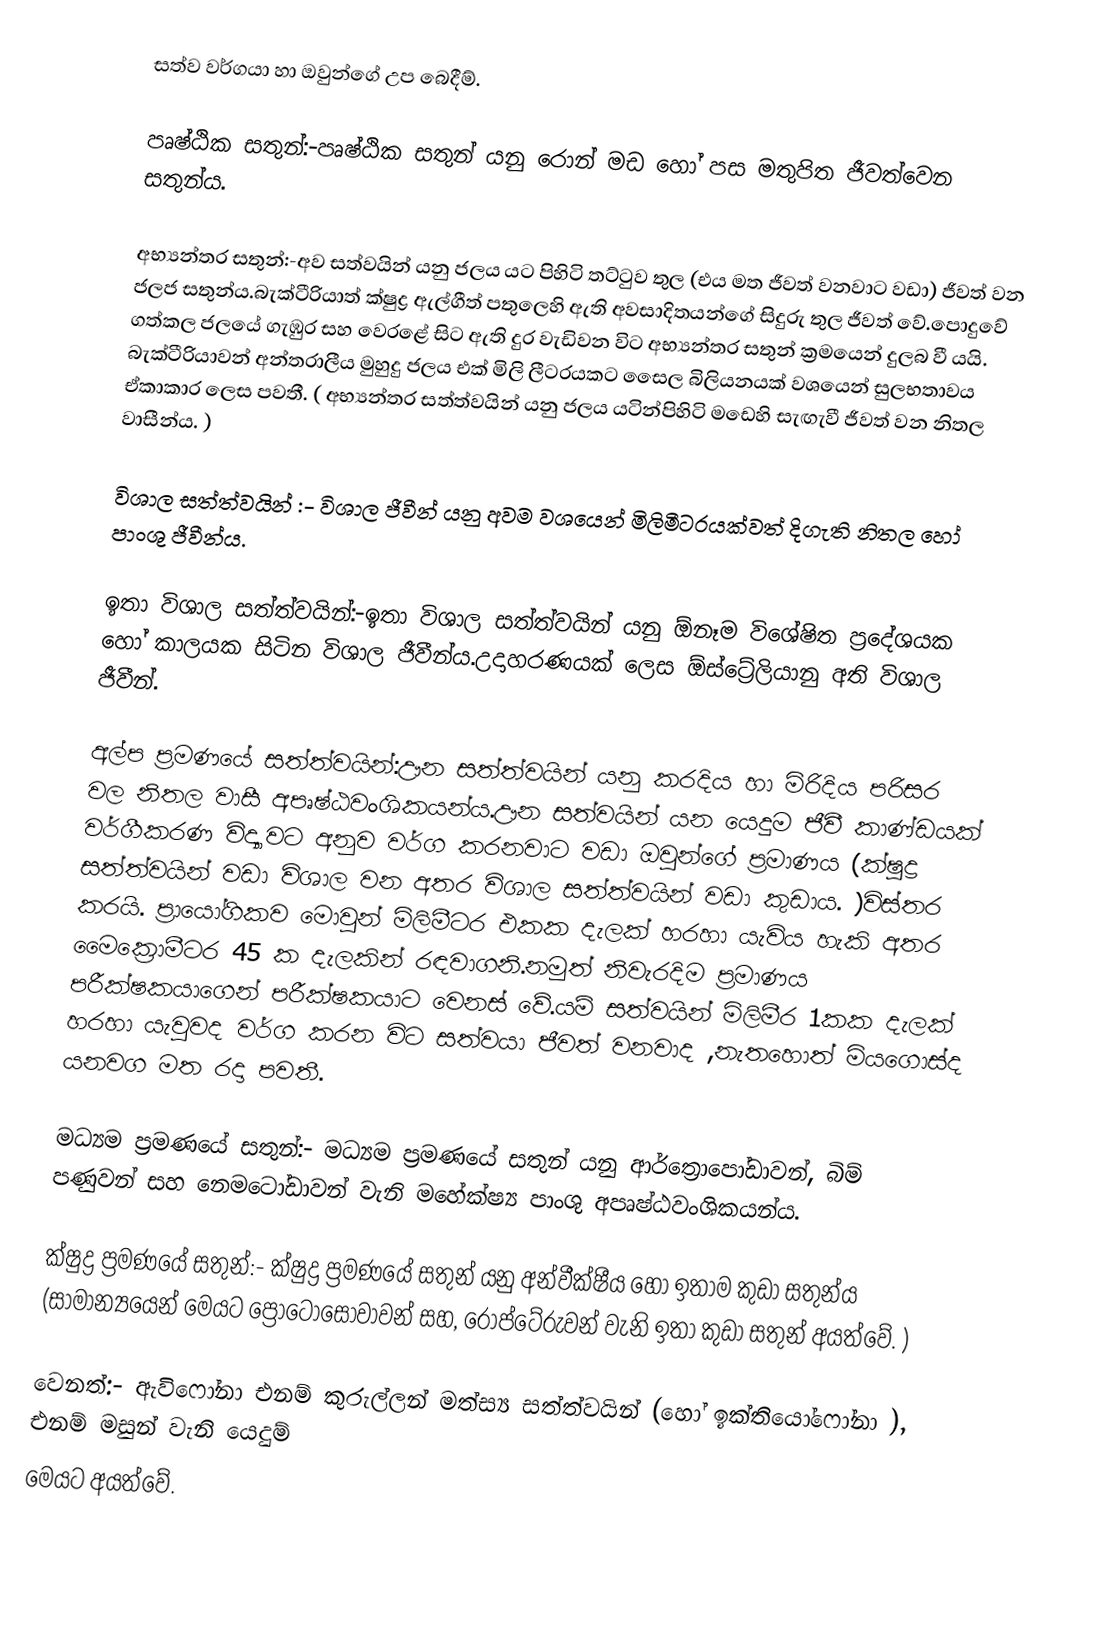
සත්ව වර්ගයා හා ඔවුන්ගේ උප බෙදීම්.

පෘෂ්ඨික සතුන්:-පෘෂ්ඨික සතුන් යනු රොන් මඩ හෝ පස මතුපිත ජීවත්වෙන සතුන්ය.

අභ්‍යන්තර සතුන්:-අව සත්වයින් යනු ජලය යට පිහිටි තට්ටුව තුල (එය මත ජීවත් වනවාට වඩා) ජීවත් වන ජලජ සතුන්ය.බැක්ටීරියාත් ක්ෂුද්‍ර ඇල්ගීත් පතුලෙහි ඇති අවසාදිතයන්ගේ සිදුරු තුල ජීවත් වේ.පොදුවේ ගත්කල ජලයේ ගැඹුර සහ වෙරළේ සිට ඇති දුර වැඩිවන විට අභ්‍යන්තර සතුන් ක්‍රමයෙන් දුලබ වී යයි. බැක්ටීරියාවන් අන්තරාලීය මුහුදු ජලය එක් මිලි ලීටරයකට සෛල බිලියනයක් වශයෙන් සුලභතාවය ඒකාකාර ලෙස පවතී. ( අභ්‍යන්තර සත්ත්වයින් යනු ජලය යටින්පිහිටි මඩෙහි සැඟැවී ජීවත් වන නිතල වාසීන්ය. )

විශාල සත්ත්වයින් :- විශාල ජීවීන් යනු අවම වශයෙන් මිලිමීටරයක්වත් දිගැති නිතල හෝ පාංශු ජීවීන්ය.

ඉතා විශාල සත්ත්වයින්:-ඉතා විශාල සත්ත්වයින් යනු ඕනෑම විශේෂිත ප්‍රදේශයක හෝ කාලයක සිටින විශාල ජීවීන්ය.උදාහරණයක්  ලෙස ඕස්ට්‍රේලියානු  අති විශාල ජීවීන්.

අල්ප ප්‍රමණයේ සත්ත්වයින්:ඌන සත්ත්වයින් යනු කරදිය හා මිරිදිය පරිසර වල නිතල වාසී  අපෘෂ්ඨවංශිකයන්ය.ඌන සත්වයින් යන යෙදුම ජීවී කාණ්ඩයක් වර්ගීකරණ විද්‍යාවට අනුව වර්ග කරනවාට වඩා ඔවුන්ගේ ප්‍රමාණය (ක්ෂුද්‍ර සත්ත්වයින් වඩා විශාල වන අතර විශාල සත්ත්වයින් වඩා කුඩාය.  )විස්තර කරයි. ප්‍රායෝගිකව මොවුන් මිලිමීටර එකක දැලක් හරහා යැවිය හැකි අතර මෛක්‍රොමීටර 45 ක දැලකින් රඳවාගනි.නමුත් නිවැරදිම ප්‍රමාණය පරීක්ෂකයාගෙන් පරීක්ෂකයාට වෙනස් වේ.යම් සත්වයින් මිලිමීර 1කක දැලක් හරහා යැවුවද වර්ග කරන විට සත්වයා ජීවත් වනවාද ,නැතහොත් මියගොස්ද යනවග මත රදා පවතී.

මධ්‍යම ප්‍රමණයේ සතුන්:- මධ්‍යම ප්‍රමණයේ සතුන් යනු ආර්ත්‍රොපෝඩාවන්, බිම් පණුවන් සහ නෙමටෝඩාවන් වැනි මහේක්ෂ්‍ය පාංශු අපෘෂ්ඨවංශිකයන්ය.

ක්ෂුද්‍ර ප්‍රමණයේ සතුන්:- ක්ෂුද්‍ර ප්‍රමණයේ සතුන් යනු අන්වීක්ෂීය හෝ ඉතාම කුඩා සතුන්ය (සාමාන්‍යයෙන් මෙයට                   ප්‍රොටොසෝවාවන් සහ, රොප්ටේරුවන් වැනි ඉතා කුඩා සතුන් අයත්වේ.  )

වෙනත්:- ඇවිෆෝනා එනම් කුරුල්ලන් මත්ස්‍ය සත්ත්වයින් (හෝ ඉක්තියෝෆෝනා  ), එනම් මසුන් වැනි යෙදුම්
මෙයට අයත්වේ.